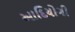
આદિયોગી